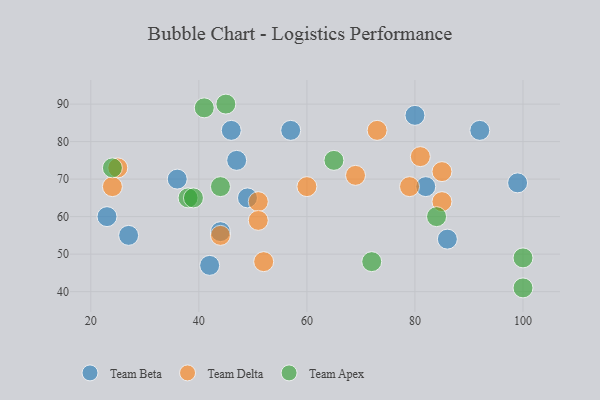
{"axis": {"x": "GDP", "y": "Life Expectancy"}, "legend": ["Team Apex", "Team Beta", "Team Delta"], "data": [{"x": "57", "y": 83, "type": "Team Beta"}, {"x": "47", "y": 75, "type": "Team Beta"}, {"x": "92", "y": 83, "type": "Team Beta"}, {"x": "44", "y": 56, "type": "Team Beta"}, {"x": "49", "y": 65, "type": "Team Beta"}, {"x": "36", "y": 70, "type": "Team Beta"}, {"x": "86", "y": 54, "type": "Team Beta"}, {"x": "82", "y": 68, "type": "Team Beta"}, {"x": "46", "y": 83, "type": "Team Beta"}, {"x": "27", "y": 55, "type": "Team Beta"}, {"x": "23", "y": 60, "type": "Team Beta"}, {"x": "99", "y": 69, "type": "Team Beta"}, {"x": "42", "y": 47, "type": "Team Beta"}, {"x": "80", "y": 87, "type": "Team Beta"}, {"x": "51", "y": 64, "type": "Team Delta"}, {"x": "24", "y": 68, "type": "Team Delta"}, {"x": "81", "y": 76, "type": "Team Delta"}, {"x": "60", "y": 68, "type": "Team Delta"}, {"x": "69", "y": 71, "type": "Team Delta"}, {"x": "73", "y": 83, "type": "Team Delta"}, {"x": "25", "y": 73, "type": "Team Delta"}, {"x": "79", "y": 68, "type": "Team Delta"}, {"x": "44", "y": 55, "type": "Team Delta"}, {"x": "52", "y": 48, "type": "Team Delta"}, {"x": "85", "y": 64, "type": "Team Delta"}, {"x": "85", "y": 72, "type": "Team Delta"}, {"x": "51", "y": 59, "type": "Team Delta"}, {"x": "24", "y": 73, "type": "Team Apex"}, {"x": "84", "y": 60, "type": "Team Apex"}, {"x": "38", "y": 65, "type": "Team Apex"}, {"x": "39", "y": 65, "type": "Team Apex"}, {"x": "45", "y": 90, "type": "Team Apex"}, {"x": "44", "y": 68, "type": "Team Apex"}, {"x": "65", "y": 75, "type": "Team Apex"}, {"x": "72", "y": 48, "type": "Team Apex"}, {"x": "41", "y": 89, "type": "Team Apex"}, {"x": "100", "y": 49, "type": "Team Apex"}, {"x": "100", "y": 41, "type": "Team Apex"}]}